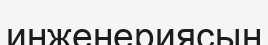
инженериясын